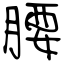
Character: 腰